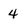
Character: 4